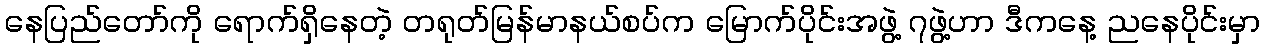
နေပြည်တော်ကို ရောက်ရှိနေတဲ့ တရုတ်မြန်မာနယ်စပ်က မြောက်ပိုင်းအဖွဲ့ ၇ဖွဲ့ဟာ ဒီကနေ့ ညနေပိုင်းမှာ